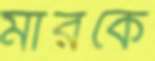
মারকে